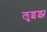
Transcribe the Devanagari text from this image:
लुइझ